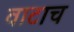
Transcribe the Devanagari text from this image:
वाटाच